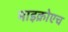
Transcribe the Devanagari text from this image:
माइक्रोएच